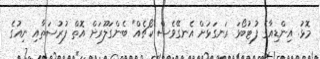
މޮޅު. އިންޑިއާގެ ފުޓުބޯޅަ ރަނގަޅަށް އެނގޭވެސް ކޯޗެއް" ބެންގަލޫރަށް އޮތް ފުރުސަތާއި ނިއުގެ